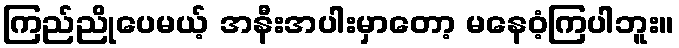
ကြည်ညိုပေမယ့် အနီးအပါးမှာတော့ မနေဝံ့ကြပါဘူး။